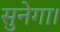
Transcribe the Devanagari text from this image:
सुनेगा।